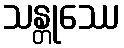
သန္တုဿေ